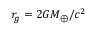
r _ { g } = { 2 G M _ { \oplus } } / { c ^ { 2 } }